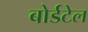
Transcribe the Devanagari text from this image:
बोर्डटेल